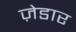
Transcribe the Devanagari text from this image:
ज़ेडार